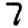
Digit: 7